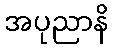
အပုညာနိ